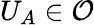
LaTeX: U_{A}\in{\mathcal{O}}